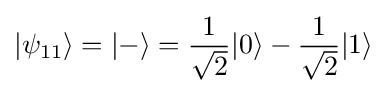
|\psi _{11}\rangle =|-\rangle ={\frac {1}{\sqrt {2}}}|0\rangle -{\frac {1}{\sqrt {2}}}|1\rangle